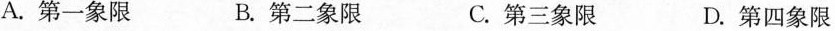
A.第一象限 B.第二象限 C.第三象限 D.第四象限